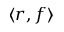
\langle r , f \rangle